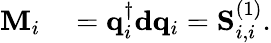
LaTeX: \begin{array}{rl}{\mathbf{M}_{i}}&{{}=\mathbf{q}_{i}^{\dagger}\mathbf{d}\mathbf{q}_{i}=\mathbf{S}_{i,i}^{(1)}.}\end{array}